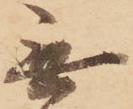
無